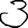
Digit: 3